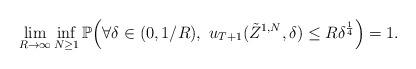
LaTeX: \begin{align*}\lim_{R\to\infty}\inf_{N\geq1}\mathbb{P}\Big( \forall \delta\in(0, 1/R),\ u_{T+1}(\tilde{Z}^{1,N}, \delta)\leq R\delta^\frac{1}{4} \Big) =1.\end{align*}